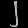
Digit: ၂